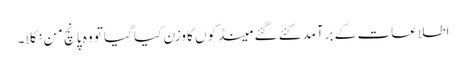
اطلاعات کے برآمد کئے گئے مینڈکوں کا وزن کیا گیا تو وہ پانچ من نکلا۔